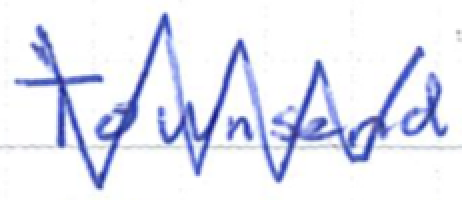
Text: Townsend
Cross-out: zig-zag
Writing tool: ballpoint